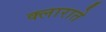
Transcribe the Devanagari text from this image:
क्लाराते